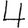
Digit: 4